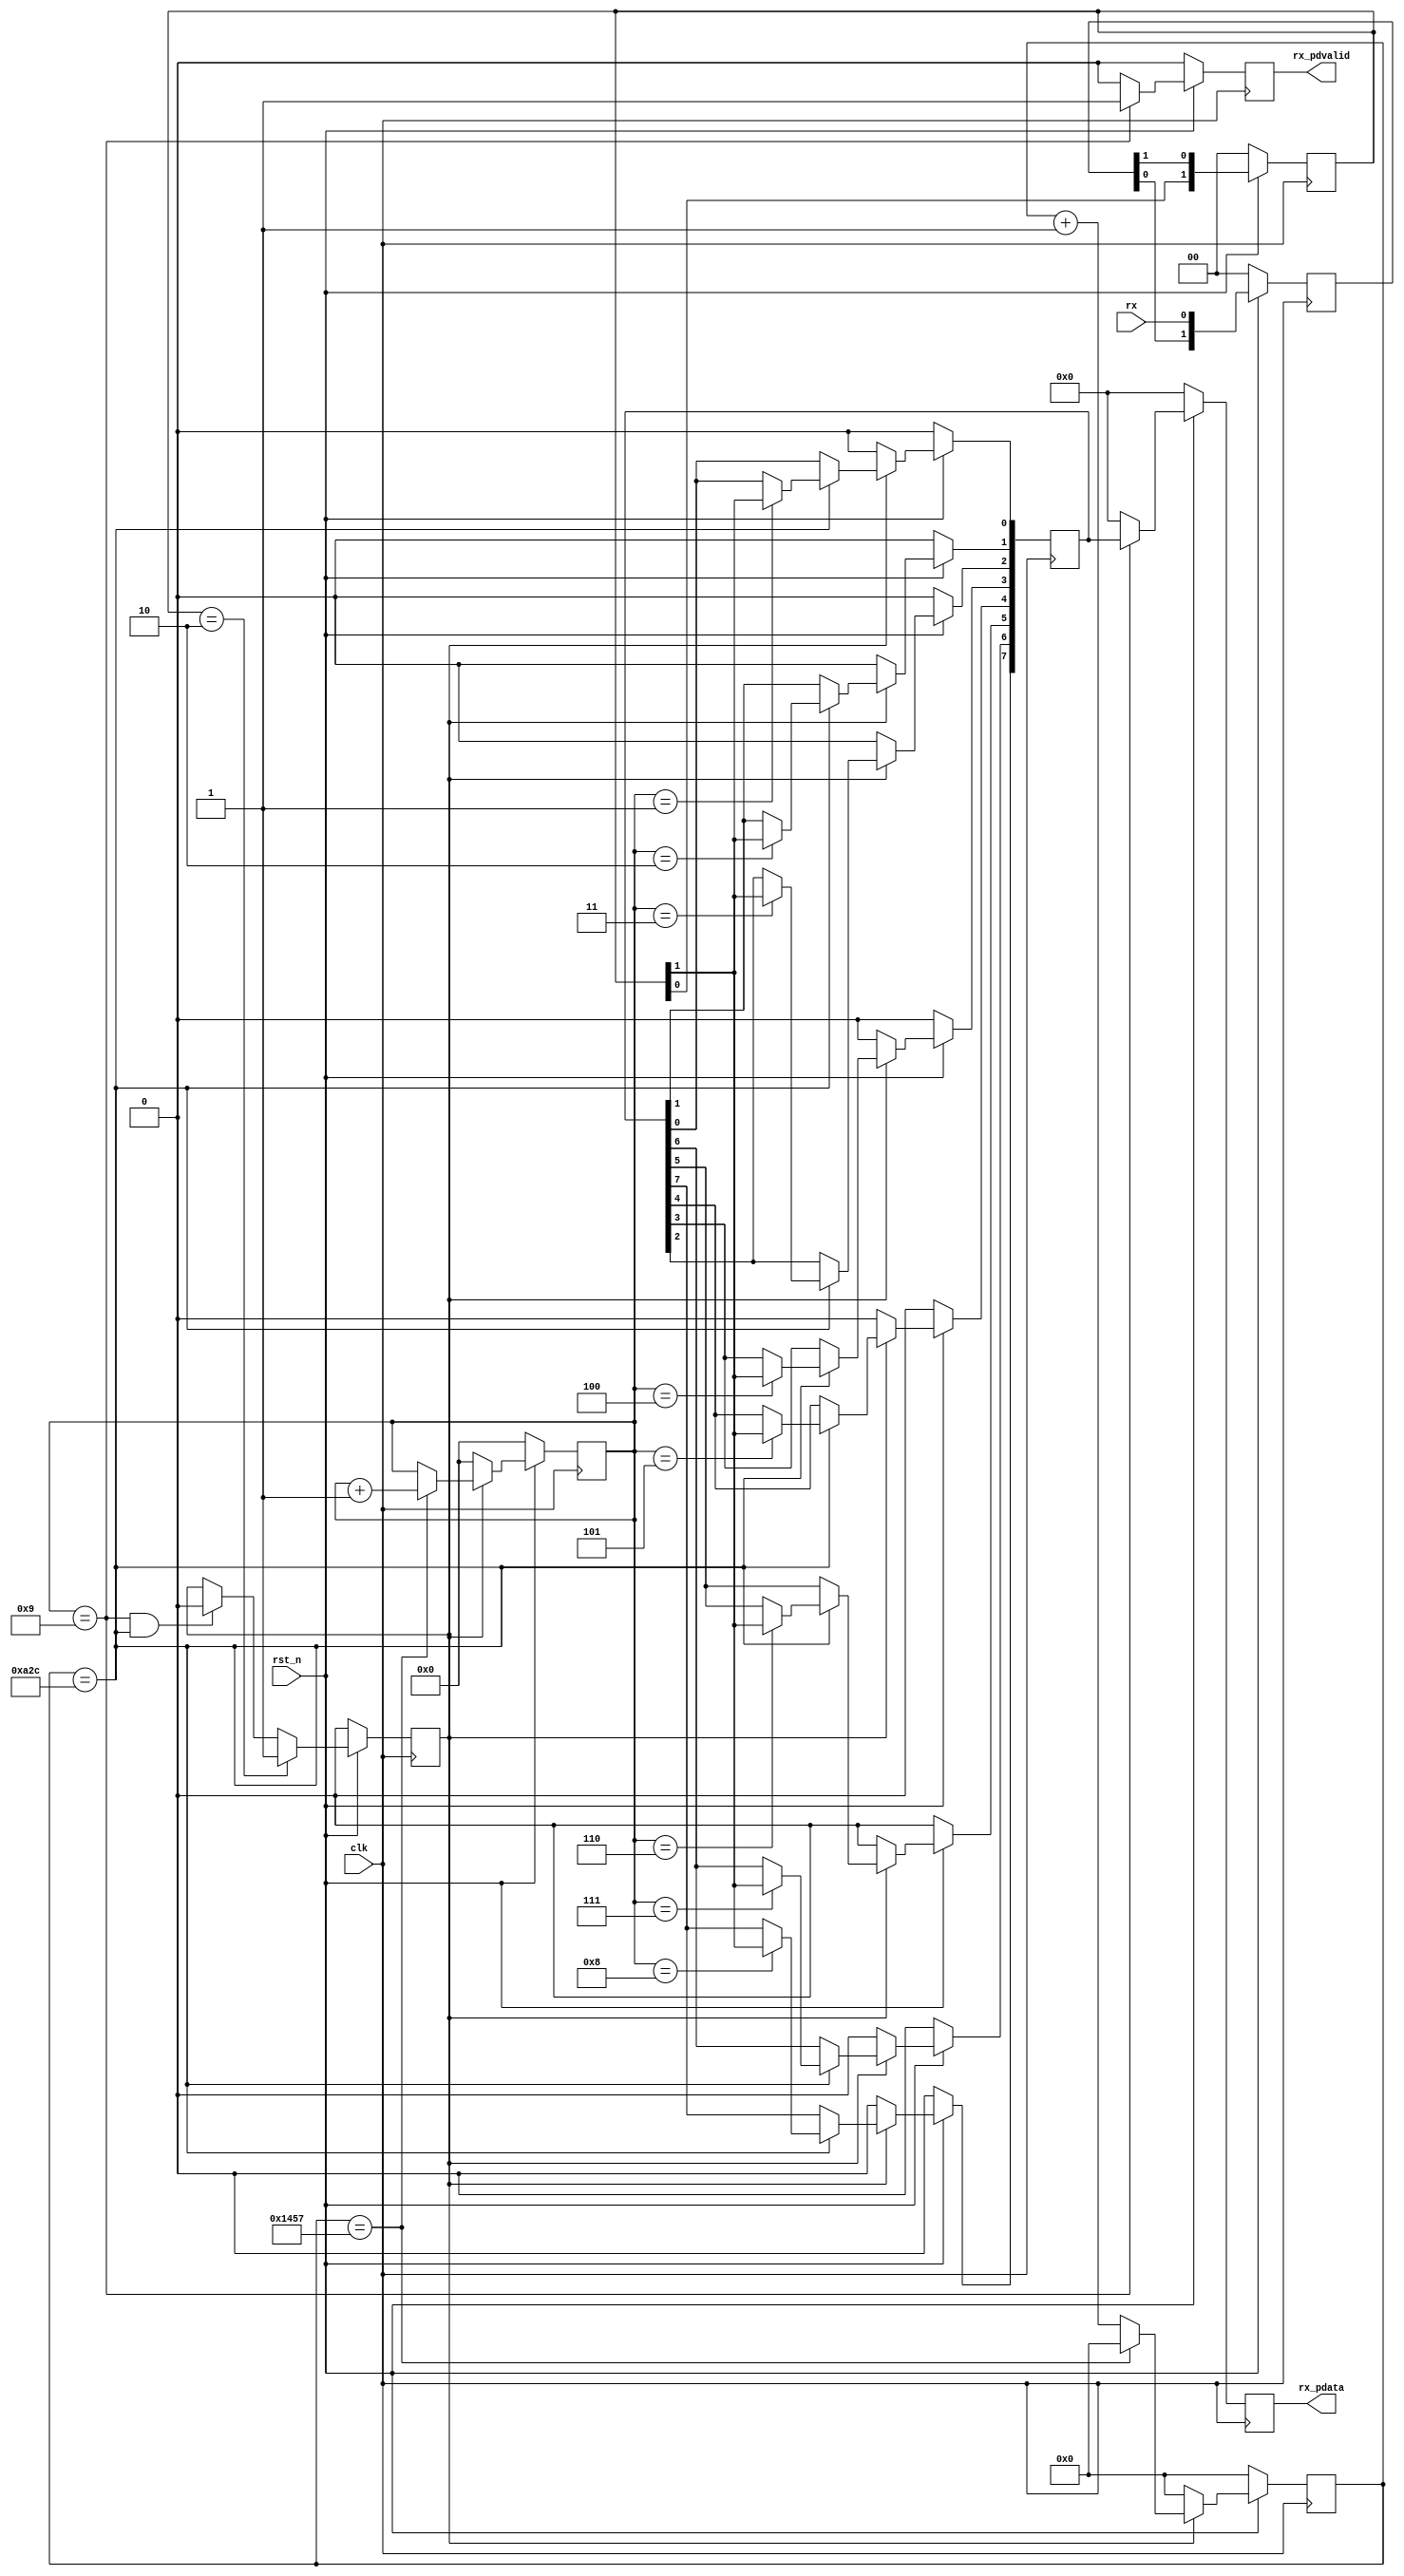
`timescale 1ns / 1ps
//////////////////////////////////////////////////////////////////////////////////
// Company: 
// Engineer: 
// 
// Design Name: 
// Module Name: uart_rx
// Project Name: 
// Target Devices: 
// Tool Versions: 
// Description: 
// 
// Dependencies: 
// 
// Revision:
// Revision 0.01 - File Created
// Additional Comments:
// 
//////////////////////////////////////////////////////////////////////////////////

`timescale 1ns / 1ps
 
module uart_rx #(
    parameter CLK_F    = 50000000, //
    parameter UART_B   = 9600     //
    )(
    input    wire          clk, //50MHz
    input    wire          rst_n, //
    input    wire          rx, //
    output   reg   [7:0]   rx_pdata, //
    output   reg           rx_pdvalid //
    );
    
    localparam BAUD_CNT_MAX = CLK_F / UART_B; //
    
    reg   [ 1:0]   rx_reg_1; //
    reg   [ 1:0]   rx_reg_2; //
    reg            work_en; //
    reg   [15:0]   baud_cnt = 16'd0; //
    reg   [ 3:0]   bit_cnt = 4'd0; //
    reg   [ 7:0]   pdata_reg; //
 
    
/****************************/
    always @ (posedge clk) begin
        if (!rst_n) rx_reg_1 <= 2'b00;
        else rx_reg_1 <= {rx_reg_1[0], rx};
    end
 
/****************************/
    always @ (posedge clk) begin
        if (!rst_n) rx_reg_2 <= 2'b00;
        else rx_reg_2 <= {rx_reg_2[0], rx_reg_1[1]};
    end
 
/****************************/
    always @ (posedge clk) begin
        if (!rst_n) begin
            work_en <= 1'd0;
        end else begin 
            if (rx_reg_2 == 2'b10)
                work_en <= 1'd1;
            else if ((bit_cnt == 4'd9) && (baud_cnt == BAUD_CNT_MAX / 2))
                work_en <= 1'd0;
            else 
                work_en <= work_en;
        end
    end
 
/****************************/
    always @ (posedge clk) begin
        if (!rst_n) begin
            baud_cnt <= 16'd0;
        end else if (work_en) begin
            if (baud_cnt == BAUD_CNT_MAX - 1)
                baud_cnt <= 16'd0;
            else
                baud_cnt <= baud_cnt + 1'b1;
        end else begin
            baud_cnt <= 16'd0;
        end
    end
 
/****************************/
    always @ (posedge clk) begin
        if (!rst_n) begin
            bit_cnt <= 4'd0;
        end else if (work_en) begin
            if (baud_cnt == BAUD_CNT_MAX - 1)
                bit_cnt <= bit_cnt + 1'b1;
            else
                bit_cnt <= bit_cnt;
        end else begin
            bit_cnt <= 4'd0;
        end
    end
 
/****************************/
    always @ (posedge clk) begin
        if (!rst_n) begin
            pdata_reg <= 8'd0;
        end else if (work_en) begin
            if (baud_cnt == BAUD_CNT_MAX / 2) begin
                case (bit_cnt)
                    4'd1:pdata_reg[0] <= rx_reg_2[1];
                    4'd2:pdata_reg[1] <= rx_reg_2[1];
                    4'd3:pdata_reg[2] <= rx_reg_2[1];
                    4'd4:pdata_reg[3] <= rx_reg_2[1];
                    4'd5:pdata_reg[4] <= rx_reg_2[1];
                    4'd6:pdata_reg[5] <= rx_reg_2[1];
                    4'd7:pdata_reg[6] <= rx_reg_2[1];
                    4'd8:pdata_reg[7] <= rx_reg_2[1];
                    default:;
                endcase
            end else begin
                pdata_reg <= pdata_reg;
            end
        end else begin
            pdata_reg <= 8'd0;
        end
    end
 
/****************************/
    always @ (posedge clk) begin
        if (!rst_n)
            rx_pdata <= 8'd0;
        else if (bit_cnt == 4'd9)
            rx_pdata <= pdata_reg;
        else
            rx_pdata <= 8'd0;
    end
 
/****************************/
    always @ (posedge clk) begin
        if (!rst_n)
            rx_pdvalid <= 1'd0;
        else if (bit_cnt == 4'd9)
            rx_pdvalid <= 1'd1;
        else
            rx_pdvalid <= 1'b0;
    end
    
endmodule